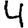
Digit: 4